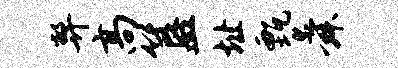
弊高簋址甄舜